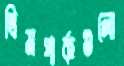
থিমপার্কগুলো